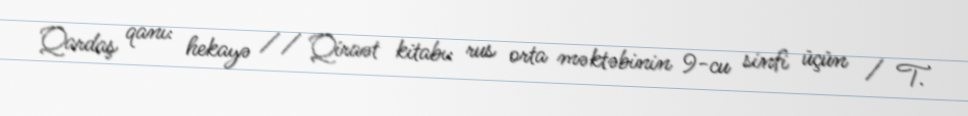
Qardaş qanı: hekayə // Qiraət kitabı: rus orta məktəbinin 9-cu sinfi üçün / T.